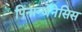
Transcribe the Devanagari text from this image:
पिनान्जेनेसिस